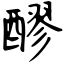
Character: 醪